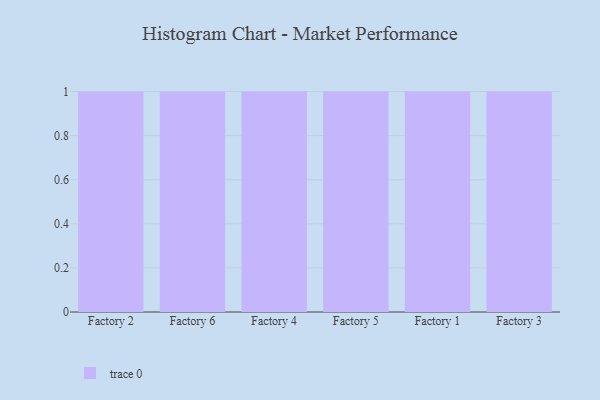
{"axis": {"x": "Factory", "y": "Demand Index"}, "legend": [""], "data": [{"x": "Factory 2", "y": 60, "type": ""}, {"x": "Factory 6", "y": 74, "type": ""}, {"x": "Factory 4", "y": 67, "type": ""}, {"x": "Factory 5", "y": 56, "type": ""}, {"x": "Factory 1", "y": 51, "type": ""}, {"x": "Factory 3", "y": 20, "type": ""}]}